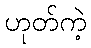
ဟုတ်ကဲ့